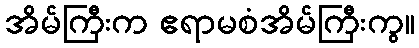
အိမ်ကြီးက ဧရာမစံအိမ်ကြီးကွ။